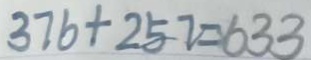
3 7 6 + 2 5 7 = 6 3 3